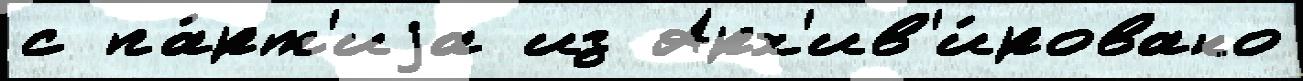
с па́рт'иjа из Арх'ив'и́ровано